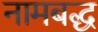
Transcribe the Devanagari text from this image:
नामबद्ध